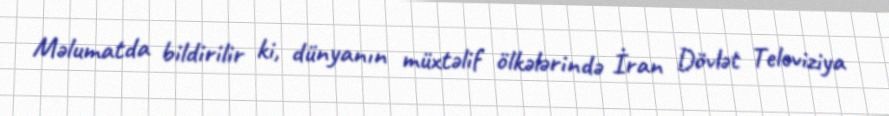
Məlumatda bildirilir ki, dünyanın müxtəlif ölkələrində İran Dövlət Televiziya